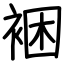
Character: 裍